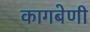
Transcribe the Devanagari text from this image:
कागबेणी